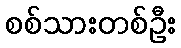
စစ်သားတစ်ဦး